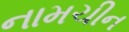
નામચીન